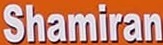
Shamiran